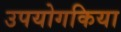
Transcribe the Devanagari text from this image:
उपयोगकिया